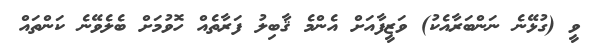
ވީ (ގުޅޭނެ ނަންބަރާއެކު) ވަޒީފާއަށް އެންމެ ޤާބިލު ފަރާތެއް ހޮވުމަށް ބެލެވޭނެ ކަންތައް